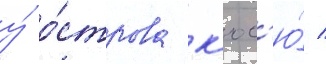
у́ о́строва к'юс'ю́ /